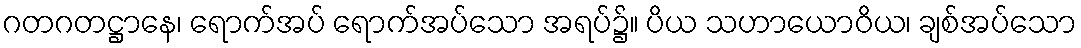
ဂတဂတဋ္ဌာနေ၊ ရောက်အပ် ရောက်အပ်သော အရပ်၌။ ပိယ သဟာယောဝိယ၊ ချစ်အပ်သော